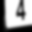
Digit: 4